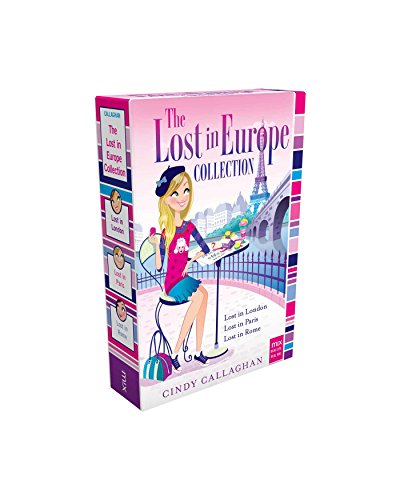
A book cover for The Lost in Europe Collection: Lost in London; Lost in Paris; Lost in Rome (mix); Cindy Callaghan; Children's Books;